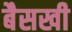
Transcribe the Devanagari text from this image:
बैसखी